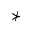
\nsucc